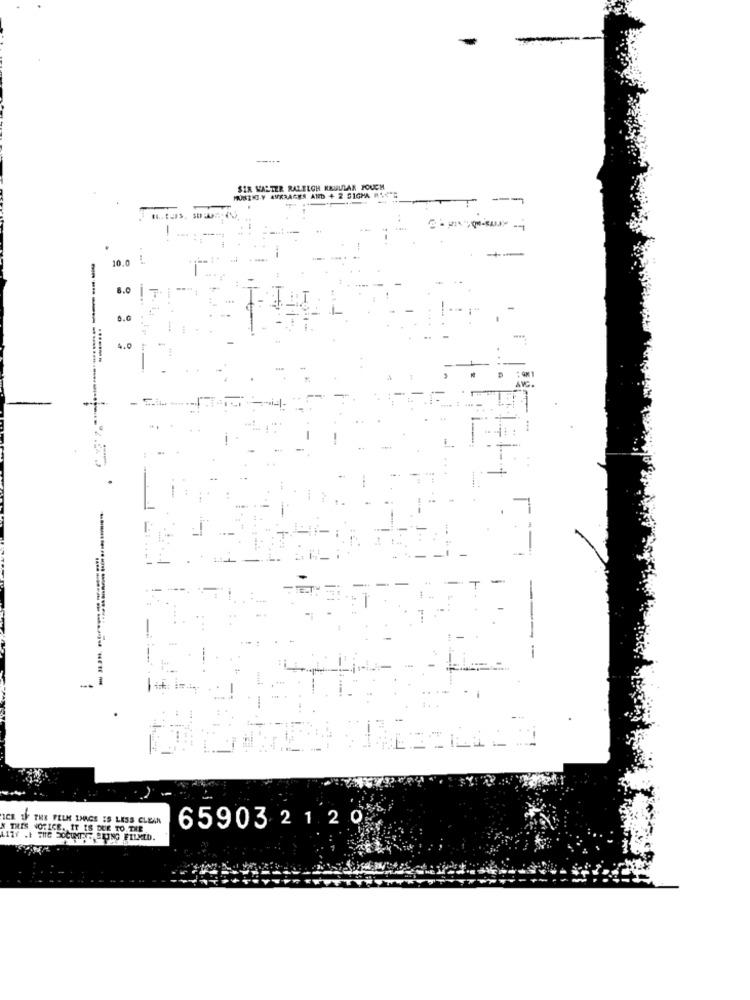
SIR WALTER RALEIGH RBULLAR FOUCH
MUSSINI-Y AVERAGES AND + 2 SIGMA MED
- --
10.0
.-
8.
0.0
4.0
AVEC .
-
-
-
ICH IF THE FELK IMAGE IS LESS CLEAN
65903 2120
THIS NOTICE. IT IS DUE TO THE
L177 .t THE DOCUMENT BRING FILMED.